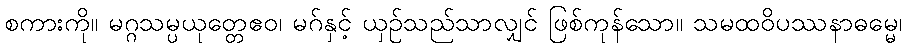
စကားကို။ မဂ္ဂသမ္ပယုတ္တေဧဝ၊ မဂ်နှင့် ယှဉ်သည်သာလျှင် ဖြစ်ကုန်သော။ သမထဝိပဿနာဓမ္မေ၊